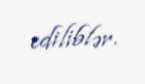
ediliblər.